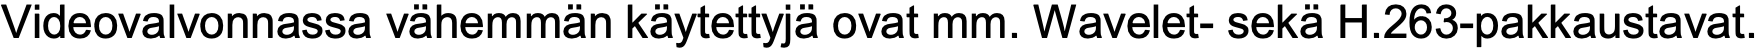
Videovalvonnassa vähemmän käytettyjä ovat mm. Wavelet- sekä H.263-pakkaustavat.